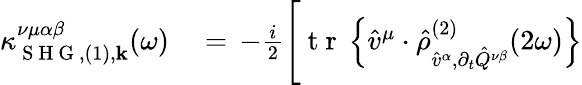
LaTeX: \begin{array}{rl}{\kappa_{\mathrm{~S~H~G~},(1),\mathbf{k}}^{\nu\mu\alpha\beta}(\omega)}&{{}=\, -\frac{i}{2}\Bigg[\mathrm{~t~r~}\left\{ \hat{v}^{\mu}\cdot\hat{\rho}_{\hat{v}^{\alpha},\partial_{t}\hat{Q}^{\nu\beta}}^{(2)}(2\omega)\right\} }\end{array}